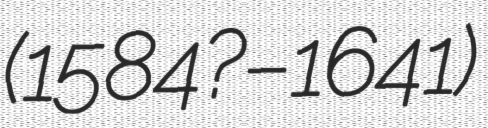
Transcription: (1584?–1641)